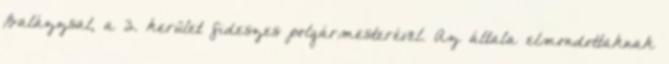
Balázzsal, a 3. kerület fideszes polgármesterével. Az általa elmondottaknak